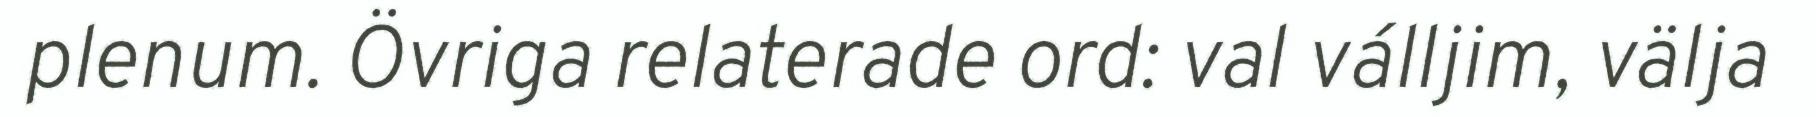
plenum. Övriga relaterade ord: val válljim, välja